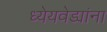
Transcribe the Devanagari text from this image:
ध्येयवेड्यांना